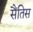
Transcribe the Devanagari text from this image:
सैंतिस